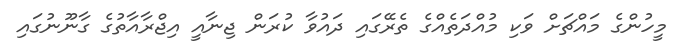
މީހުންގެ މައްޗަށް ވަކި މުއްދަތެއްގެ ތެރޭގައި ދައުވާ ކުރަން ޖިނާއީ އިޖްރާއާތުގެ ގާނޫނުގައި